Etiology and epidemiology of plague
Disease focus: Plague
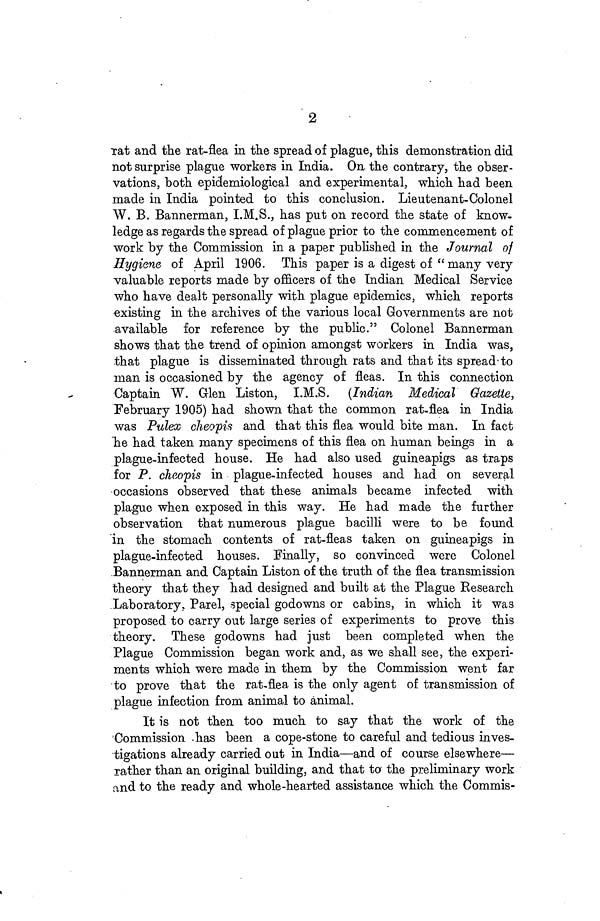
2
rat and the rat-flea in the spread of plague, this demonstration did
not surprise plague workers in India. On the contrary, the obser-
vations, both epidemiological and experimental, which had been
made in India pointed to this conclusion. Lieutenant-Colonel
W. B. Bannerman, I.M.S., has put on record the state of know-
ledge as regards the spread of plague prior to the commencement of
work by the Commission in a paper published in the Journal of
Hygiene of April 1906. This paper is a digest of "many very
valuable reports made by officers of the Indian Medical Service
who have dealt personally with plague epidemics, which reports
existing in the archives of the various local Governments are not
available for reference by the public." Colonel Bannerman
shows that the trend of opinion amongst workers in India was,
that plague is disseminated through rats and that its spread to
man is occasioned by the agency of fleas. In this connection
Captain W. Glen Liston, I.M.S. (Indian Medical Gazette,
February 1905) had shown that the common rat-flea in India
was Pulex cheopis and that this flea would bite man. In fact
he had taken many specimens of this flea on human beings in a
plague-infected house. He had also used guineapigs as traps
for P. cheopis in plague-infected houses and had on several
occasions observed that these animals became infected with
plague when exposed in this way. He had made the further
observation that numerous plague bacilli were to be found
in the stomach contents of rat-fleas taken on guineapigs in
plague-infected houses. Finally, so convinced were Colonel
Bannerman and Captain Liston of the truth of the flea transmission
theory that they had designed and built at the Plague Research
Laboratory. Parel, special godowns or cabins, in which it was
proposed to carry out large series of experiments to prove this
theory. These godowns had just been completed when the
Plague Commission began work and, as we shall see, the experi-
ments which were made in them by the Commission went far
to prove that the rat-flea is the only agent of transmission of
plague infection from animal to animal.
It is not then too much to say that the work of the
Commission has been a cope-stone to careful and tedious inves-
tigations already carried out in India—and of course elsewhere—
rather than an original building, and that to the preliminary work
and to the ready and whole-hearted assistance which the Commis-